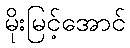
မိုးမြင့်အောင်